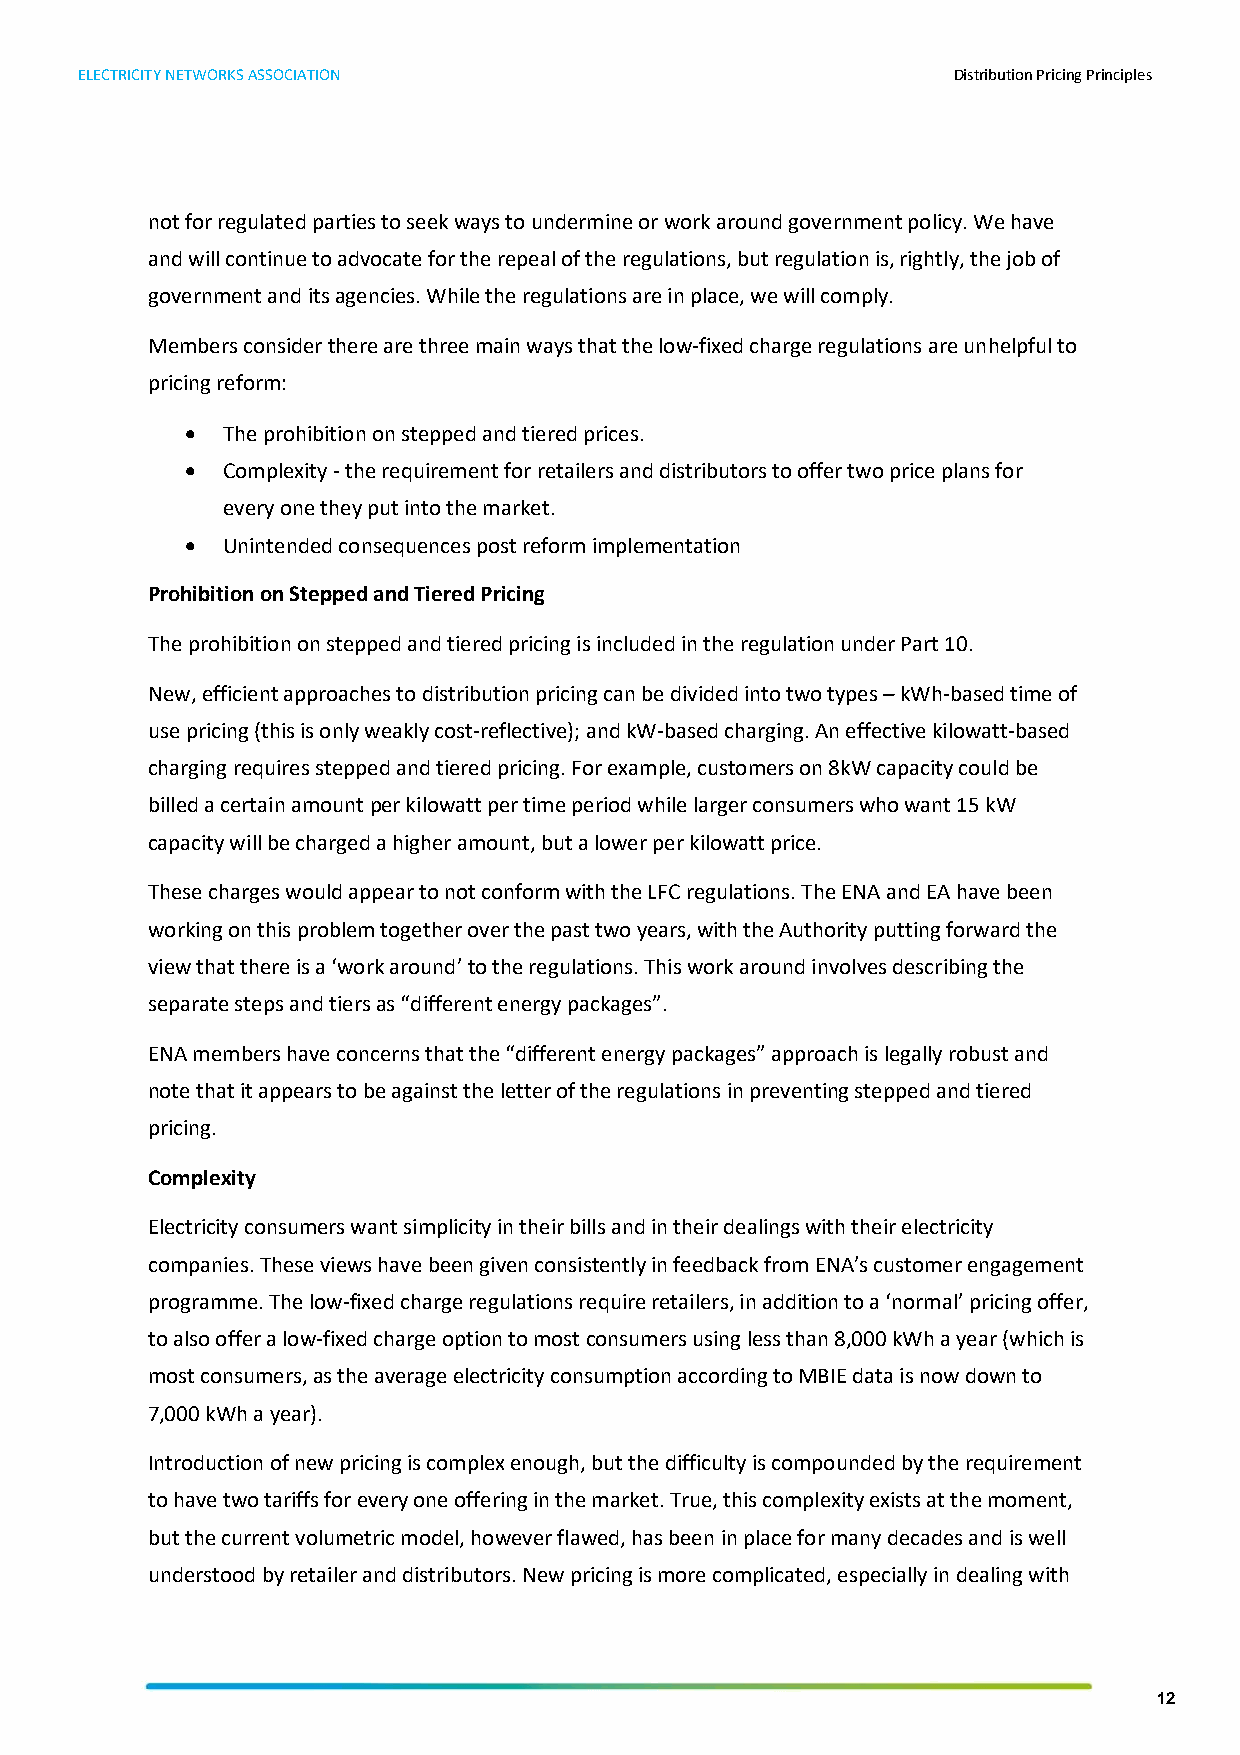
ELECTRICITY NETWORKS ASSOCIATION                          Distribution Pricing Principles
 not for regulated parties to seek ways to undermine or work around government policy. We have
 and will continue to advocate for the repeal of the regulations, but regulation is, rightly, the job of
 government and its agencies. While the regulations are in place, we will comply.
 Members consider there are three main ways that the low-fixed charge regulations are unhelpful to
 pricing reform:
 •  The prohibition on stepped and tiered prices.
 •  Complexity - the requirement for retailers and distributors to offer two price plans for
 every one they put into the market.
 •  Unintended consequences post reform implementation
 Prohibition on Stepped and Tiered Pricing
 The prohibition on stepped and tiered pricing is included in the regulation under Part 10.
 New, efficient approaches to distribution pricing can be divided into two types – kWh-based time of
 use pricing (this is only weakly cost-reflective); and kW-based charging. An effective kilowatt-based
 charging requires stepped and tiered pricing. For example, customers on 8kW capacity could be
 billed a certain amount per kilowatt per time period while larger consumers who want 15 kW
 capacity will be charged a higher amount, but a lower per kilowatt price.
 These charges would appear to not conform with the LFC regulations. The ENA and EA have been
 working on this problem together over the past two years, with the Authority putting forward the
 view that there is a ‘work around’ to the regulations. This work around involves describing the
 separate steps and tiers as “different energy packages”.
 ENA members have concerns that the “different energy packages” approach is legally robust and
 note that it appears to be against the letter of the regulations in preventing stepped and tiered
 pricing.
 Complexity
 Electricity consumers want simplicity in their bills and in their dealings with their electricity
 companies. These views have been given consistently in feedback from ENA’s customer engagement
 programme. The low-fixed charge regulations require retailers, in addition to a ‘normal’ pricing offer,
 to also offer a low-fixed charge option to most consumers using less than 8,000 kWh a year (which is
 most consumers, as the average electricity consumption according to MBIE data is now down to
 7,000 kWh a year).
 Introduction of new pricing is complex enough, but the difficulty is compounded by the requirement
 to have two tariffs for every one offering in the market. True, this complexity exists at the moment,
 but the current volumetric model, however flawed, has been in place for many decades and is well
 understood by retailer and distributors. New pricing is more complicated, especially in dealing with
 12